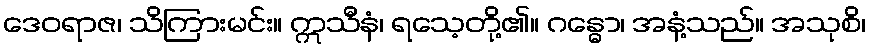
ဒေဝရာဇ၊ သိကြားမင်း။ ဣသီနံ၊ ရသေ့တို့၏။ ဂန္ဓော၊ အနံ့သည်။ အသုစိ၊